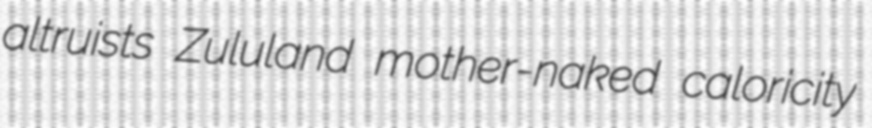
altruists Zululand mother-naked caloricity